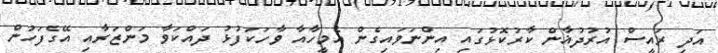
އަދި ރައީސް އުރުދުޣާން ކާރުކޮޅުގައި އިންނަވައިގެން އެމީހާއާ ވާހަކަފުޅު ދައްކަވާ މަންޒަރާއި އޭގެފަހުން